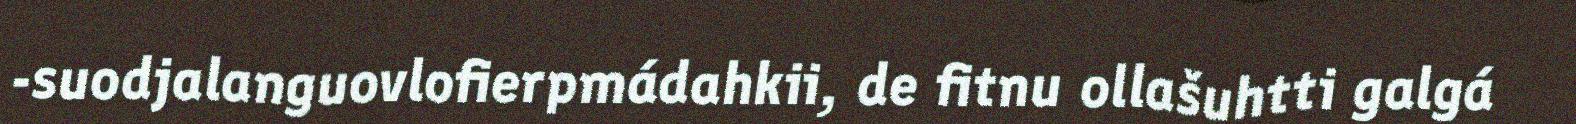
-suodjalanguovlofierpmádahkii, de fitnu ollašuhtti galgá